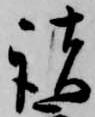
諸